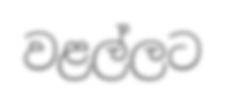
වළල්ලට